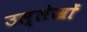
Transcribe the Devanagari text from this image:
उल्लेखाें